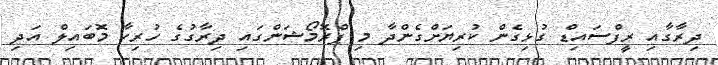
ދިރާގާއި ރީފްސައިޑް ގުޅިގެން ކުރިޔަށްގެންދާ މި ޕްރޮމޯޝަންގައި ދިރާގުގެ ހުރިހާ މޮބައިލް އަދި